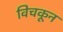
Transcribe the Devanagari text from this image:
विचकून